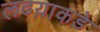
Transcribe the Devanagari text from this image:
लढय़ाकडे